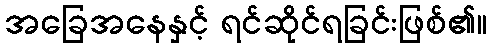
အခြေအနေနှင့် ရင်ဆိုင်ရခြင်းဖြစ်၏။